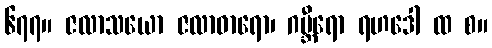
၆၇၇။ ဇလာသယော ဇလာဓာရော၊ ဂမ္ဘီရော ရဟဒေါ ထ စ။